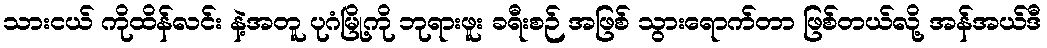
သားငယ် ကိုထိန်လင်း နဲ့အတူ ပုဂံမြို့ကို ဘုရားဖူး ခရီးစဉ် အဖြစ် သွားရောက်တာ ဖြစ်တယ်လို့ အန်အယ်ဒီ